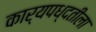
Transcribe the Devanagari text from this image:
कार्यपध्दतीला